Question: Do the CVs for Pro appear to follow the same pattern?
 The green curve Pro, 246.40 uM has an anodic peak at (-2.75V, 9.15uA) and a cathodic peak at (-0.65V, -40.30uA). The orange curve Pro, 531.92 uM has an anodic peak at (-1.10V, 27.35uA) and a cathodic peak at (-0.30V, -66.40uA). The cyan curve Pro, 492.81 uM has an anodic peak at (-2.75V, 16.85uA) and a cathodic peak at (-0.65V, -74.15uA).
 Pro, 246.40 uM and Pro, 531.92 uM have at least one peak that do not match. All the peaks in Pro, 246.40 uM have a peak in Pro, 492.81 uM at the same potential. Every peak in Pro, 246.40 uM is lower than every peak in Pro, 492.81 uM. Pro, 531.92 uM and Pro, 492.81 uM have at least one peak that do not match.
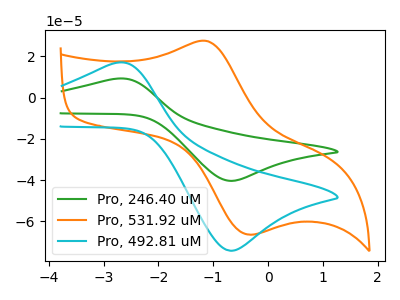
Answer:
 <answer>All the CV's of "Pro" have similar shape.</answer>
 <eval>follow_rule</eval>